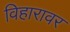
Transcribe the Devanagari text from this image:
विहारावर